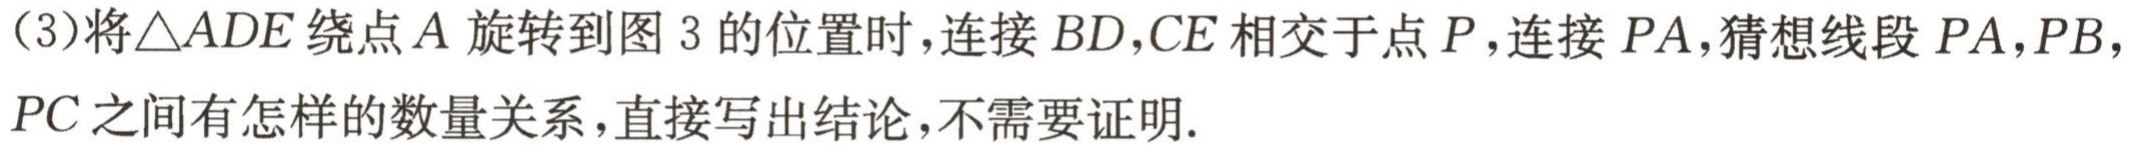
(3)将$\triangle ADE$绕点$A$旋转到图3的位置时，连接$BD,CE$相交于点$P$，连接$PA$，猜想线段$PA,PB,PC$之间有怎样的数量关系，直接写出结论，不需要证明.